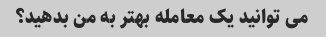
می توانید یک معامله بهتر به من بدهید؟